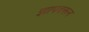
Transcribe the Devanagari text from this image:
झापवरून